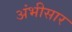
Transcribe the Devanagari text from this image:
अंभीसार